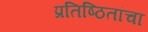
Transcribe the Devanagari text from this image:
प्रतिष्ठितांचा